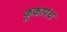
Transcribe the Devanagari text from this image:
कूकापंथ